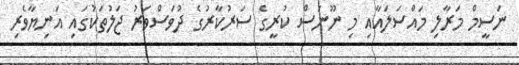
ނަސީމް މަރާލި މައްސަލައާއި މި ނޫނަސް ކުރީގެ ސަރުކާރުގެ ދުވަސްވަރު ޖަލުތަކުގައި އަނިޔާވެރި